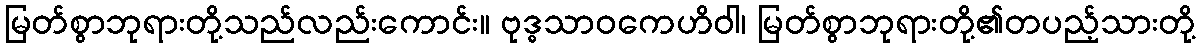
မြတ်စွာဘုရားတို့သည်လည်းကောင်း။ ဗုဒ္ဓသာဝကေဟိဝါ၊ မြတ်စွာဘုရားတို့၏တပည့်သားတို့